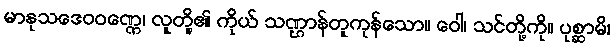
မာနုသဒေဝဝဏ္ဏေ၊ လူတို့၏ ကိုယ် သဏ္ဌာန်တူကုန်သော။ ဝေါ၊ သင်တို့ကို။ ပုစ္ဆာမိ၊